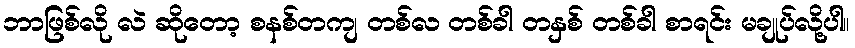
ဘာဖြစ်လို လဲ ဆိုတော့ စနစ်တကျ တစ်လ တစ်ခါ တနှစ် တစ်ခါ စာရင်း မချုပ်လို့ပါ။